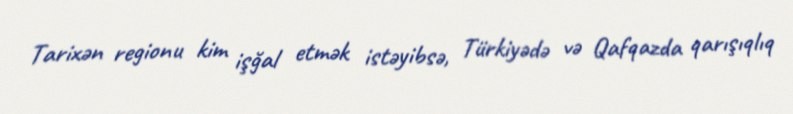
Tarixən regionu kim işğal etmək istəyibsə, Türkiyədə və Qafqazda qarışıqlıq